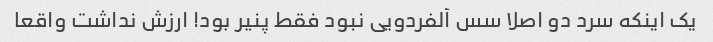
یک اینکه سرد دو اصلا سس آلفردویی نبود فقط پنیر بود! ارزش نداشت واقعا